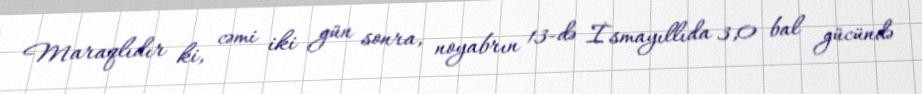
Maraqlıdır ki, cəmi iki gün sonra, noyabrın 13-də İsmayıllıda 3,0 bal gücündə